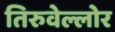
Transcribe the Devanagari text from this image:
तिरुवेल्लोर